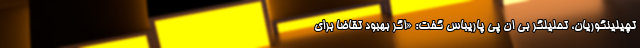
تچیلینگوریان، تحلیلگر بی ان پی پاریباس گفت: «اگر بهبود تقاضا برای